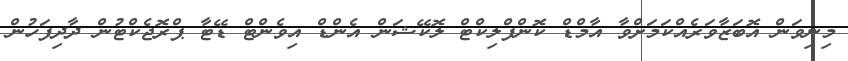
މިނިވަން އޮބަޒާވަރެއްކަމަށްވާ އާމްޑް ކޮންފްލިކްޓް ލޮކޭޝަން އެންޑް އިވެންޓް ޑޭޓާ ޕްރޮޖެކްޓުން ދާދިފަހުން